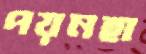
পয়নহা